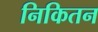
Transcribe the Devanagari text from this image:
निकितन